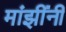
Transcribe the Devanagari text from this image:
मांझींनी